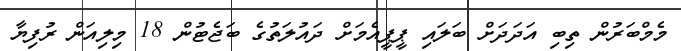
މެމްބަރުން ތިބި އަދަދަށް ބަލައި ޕީޕީއެމަށް ދައުލަތުގެ ބަޖެޓުން 18 މިލިއަން ރުފިޔާ